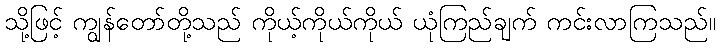
သို့ဖြင့် ကျွန်တော်တို့သည် ကိုယ့်ကိုယ်ကိုယ် ယုံကြည်ချက် ကင်းလာကြသည်။